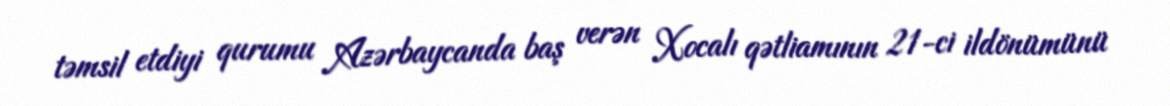
təmsil etdiyi qurumu Azərbaycanda baş verən Xocalı qətliamının 21-ci ildönümünü